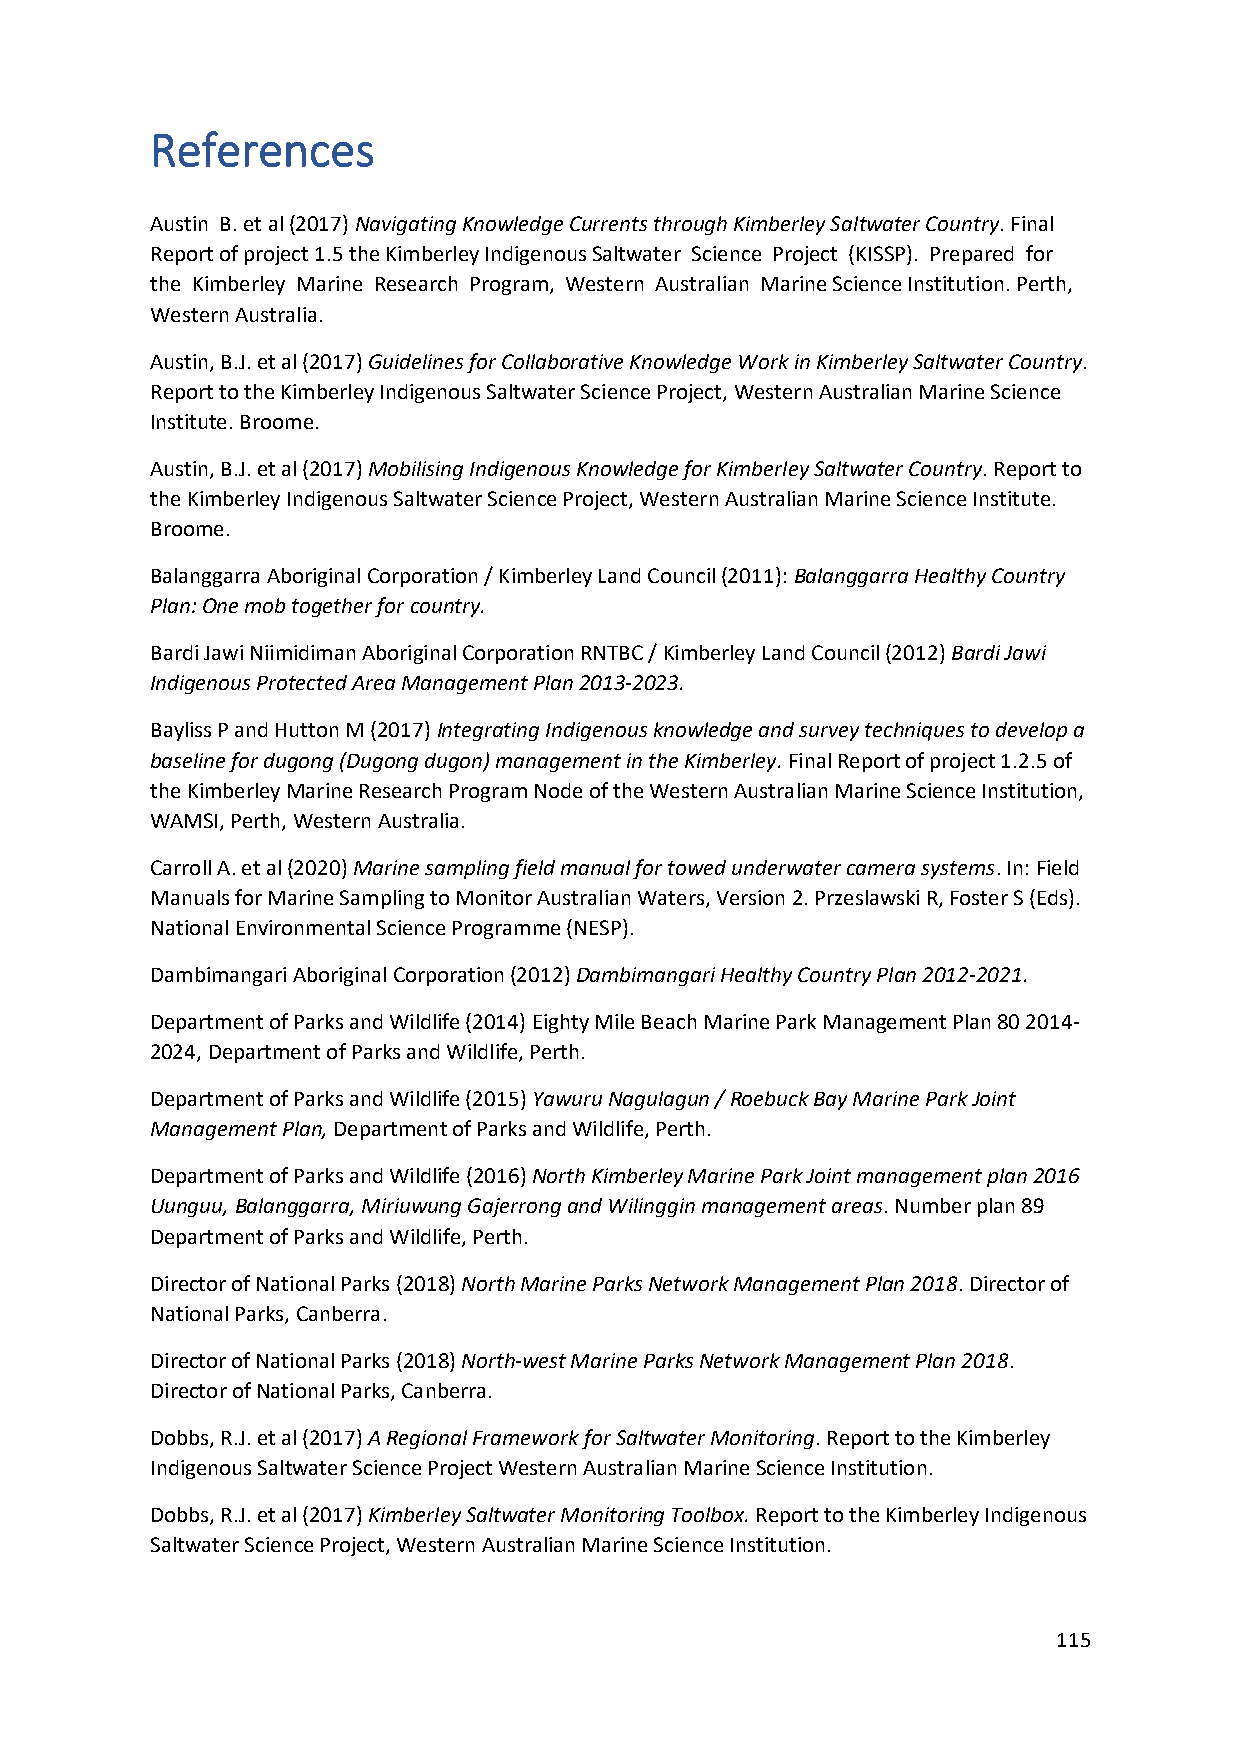
References
 Austin B. et al (2017) Navigating Knowledge Currents through Kimberley Saltwater Country. Final
 Report of project 1.5 the Kimberley Indigenous Saltwater Science Project (KISSP). Prepared for
 the Kimberley Marine Research Program, Western Australian Marine Science Institution. Perth,
 Western Australia.
 Austin, B.J. et al (2017) Guidelines for Collaborative Knowledge Work in Kimberley Saltwater Country.
 Report to the Kimberley Indigenous Saltwater Science Project, Western Australian Marine Science
 Institute. Broome.
 Austin, B.J. et al (2017) Mobilising Indigenous Knowledge for Kimberley Saltwater Country. Report to
 the Kimberley Indigenous Saltwater Science Project, Western Australian Marine Science Institute.
 Broome.
 Balanggarra Aboriginal Corporation / Kimberley Land Council (2011): Balanggarra Healthy Country
 Plan: One mob together for country.
 Bardi Jawi Niimidiman Aboriginal Corporation RNTBC / Kimberley Land Council (2012) Bardi Jawi
 Indigenous Protected Area Management Plan 2013-2023.
 Bayliss P and Hutton M (2017) Integrating Indigenous knowledge and survey techniques to develop a
 baseline for dugong (Dugong dugon) management in the Kimberley. Final Report of project 1.2.5 of
 the Kimberley Marine Research Program Node of the Western Australian Marine Science Institution,
 WAMSI, Perth, Western Australia.
 Carroll A. et al (2020) Marine sampling field manual for towed underwater camera systems. In: Field
 Manuals for Marine Sampling to Monitor Australian Waters, Version 2. Przeslawski R, Foster S (Eds).
 National Environmental Science Programme (NESP).
 Dambimangari Aboriginal Corporation (2012) Dambimangari Healthy Country Plan 2012-2021.
 Department of Parks and Wildlife (2014) Eighty Mile Beach Marine Park Management Plan 80 2014-
 2024, Department of Parks and Wildlife, Perth.
 Department of Parks and Wildlife (2015) Yawuru Nagulagun / Roebuck Bay Marine Park Joint
 Management Plan, Department of Parks and Wildlife, Perth.
 Department of Parks and Wildlife (2016) North Kimberley Marine Park Joint management plan 2016
 Uunguu, Balanggarra, Miriuwung Gajerrong and Wilinggin management areas. Number plan 89
 Department of Parks and Wildlife, Perth.
 Director of National Parks (2018) North Marine Parks Network Management Plan 2018. Director of
 National Parks, Canberra.
 Director of National Parks (2018) North-west Marine Parks Network Management Plan 2018.
 Director of National Parks, Canberra.
 Dobbs, R.J. et al (2017) A Regional Framework for Saltwater Monitoring. Report to the Kimberley
 Indigenous Saltwater Science Project Western Australian Marine Science Institution.
 Dobbs, R.J. et al (2017) Kimberley Saltwater Monitoring Toolbox. Report to the Kimberley Indigenous
 Saltwater Science Project, Western Australian Marine Science Institution.
 115